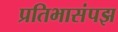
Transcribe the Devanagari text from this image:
प्रतिभासंपझ